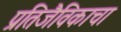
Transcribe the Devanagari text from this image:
प्रतिजैविकाचा